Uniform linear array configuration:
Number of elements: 64
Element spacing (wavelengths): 0.25
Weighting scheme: binomial
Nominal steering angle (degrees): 15
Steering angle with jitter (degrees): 15.767
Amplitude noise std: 0.05
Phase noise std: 0.05

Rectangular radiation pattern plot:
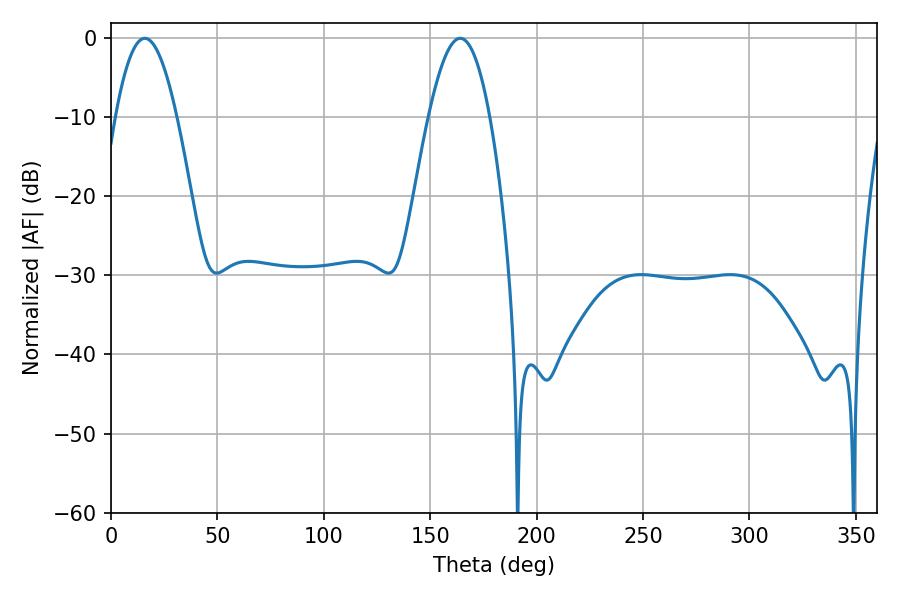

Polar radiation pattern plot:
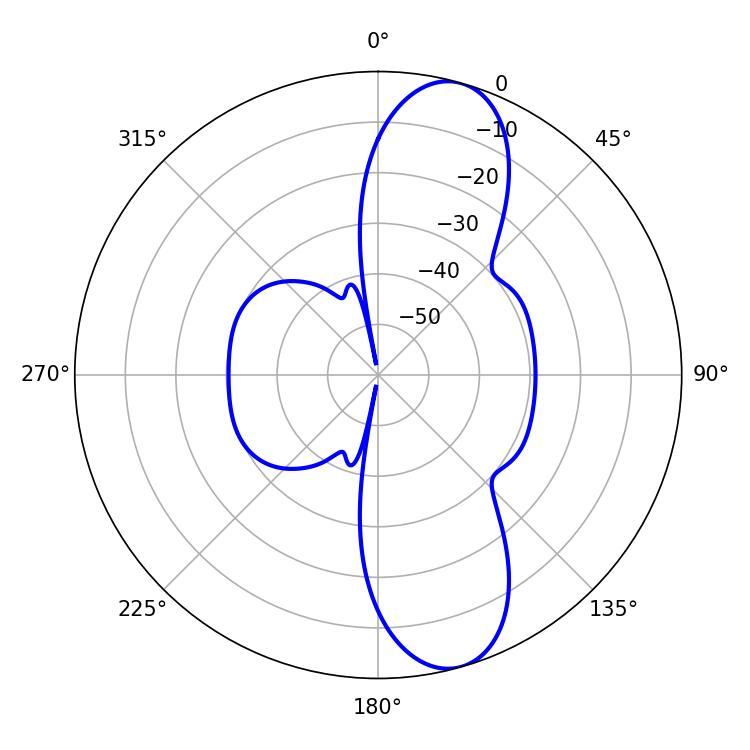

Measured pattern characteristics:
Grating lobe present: FALSE
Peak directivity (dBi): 10.829
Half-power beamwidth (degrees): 15.66
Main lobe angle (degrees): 15.84